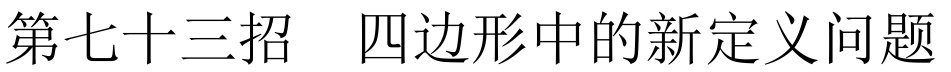
第七十三招  四边形中的新定义问题